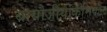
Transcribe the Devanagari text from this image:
बायोजीयोकेमिकल